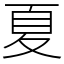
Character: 夏